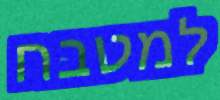
למטבח